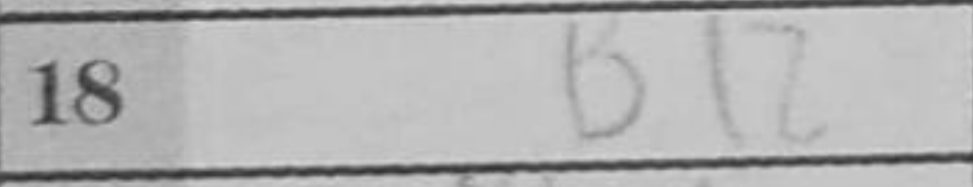
Transcription: Bd2